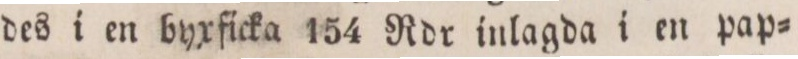
des i en byxficka 154 Rdr inlagda i en pap=